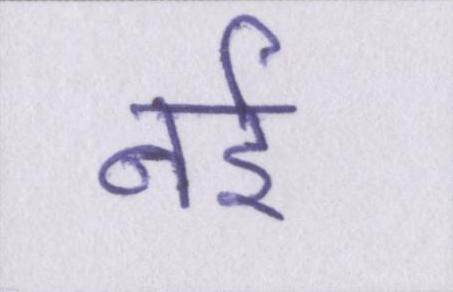
नई